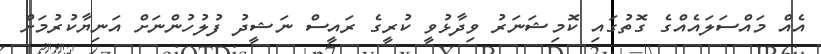
އެއް މައްސަލައެއްގެ ގޮތުގައި ކޮމިޝަނަރު ވިދާޅުވީ ކުރީގެ ރައީސް ނަޝީދު ފުލުހުންނަށް އަނިޔާކުރުމަށް